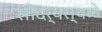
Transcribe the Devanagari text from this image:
सौंदर्यस्थळे